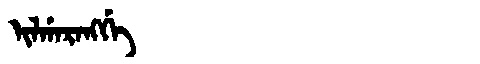
Manchu: ᡳᠯᡤᠠᡵᠠᠩᡤᡝ
Romanization: ILGARANGGE